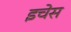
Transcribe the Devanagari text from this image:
इचेस